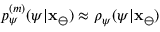
p _ { \psi } ^ { ( m ) } ( \psi | \mathbf { x } _ { \ominus } ) \approx \rho _ { \psi } ( \psi | \mathbf { x } _ { \ominus } )